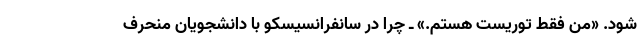
شود. «من فقط توریست هستم.» ـ چرا در سانفرانسیسکو با دانشجویان منحرف